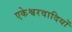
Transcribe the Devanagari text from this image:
एकेश्वरवादियों